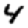
Digit: 4